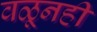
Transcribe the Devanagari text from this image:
वळूनही